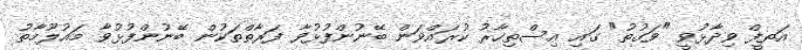
އަތީފް ވިދާޅުވީ "ވަގުތު" ގައި އިސްތިހާރު ކުރައްވަން ބޭނުންފުޅުވާ ފަރާތްތަކުން ބޭނުންފުޅުވާ މައުލޫމާތު